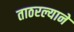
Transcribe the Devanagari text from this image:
ताठरल्याने